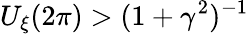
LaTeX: U_{\xi}(2\pi)>(1+\gamma^{2})^{-1}